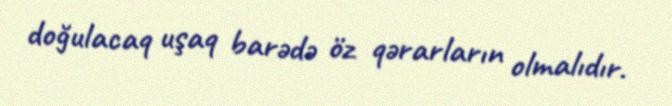
doğulacaq uşaq barədə öz qərarların olmalıdır.